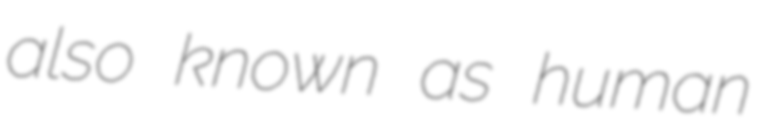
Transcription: also known as human